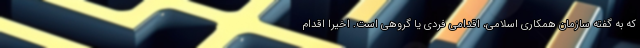
که به گفته سازمان همکاری اسلامی، اقدامی فردی یا گروهی است. اخیرا اقدام